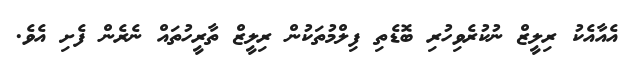
އެއާއެކު ރިލީޒް ނުކުރެވިހުރި ބޮޑެތި ފިލްމުތަކުން ރިލީޒް ތާރީހުތައް ނެރެން ފެށި އެވެ.